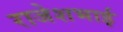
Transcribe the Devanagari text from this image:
राजेशभाई